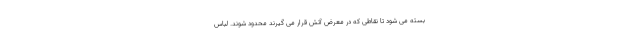
بسته می شود تا نقاطی که در معرض آتش قرار می گیرند محدود شوند. لباس